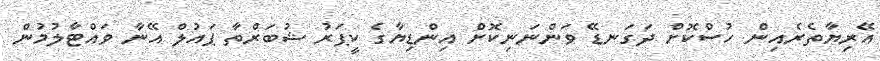
އޭރިޔާތެރެއިން ހުސްކޮށް ދަގަނޑޭ ވަންނަނިކޮށް އިންޑިޔާގެ ކީޕަރު ޝުބަރްތާ ޕައުލް އޭނާ ވައްޓާލުމުން